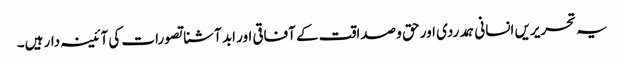
یہ تحریریں انسانی ہمدردی اور حق و صداقت کے آفاقی اور ابد آشنا تصورات کی آئینہ دار ہیں۔